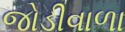
જોડીવાળા